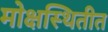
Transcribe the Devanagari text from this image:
मोक्षस्थितीत